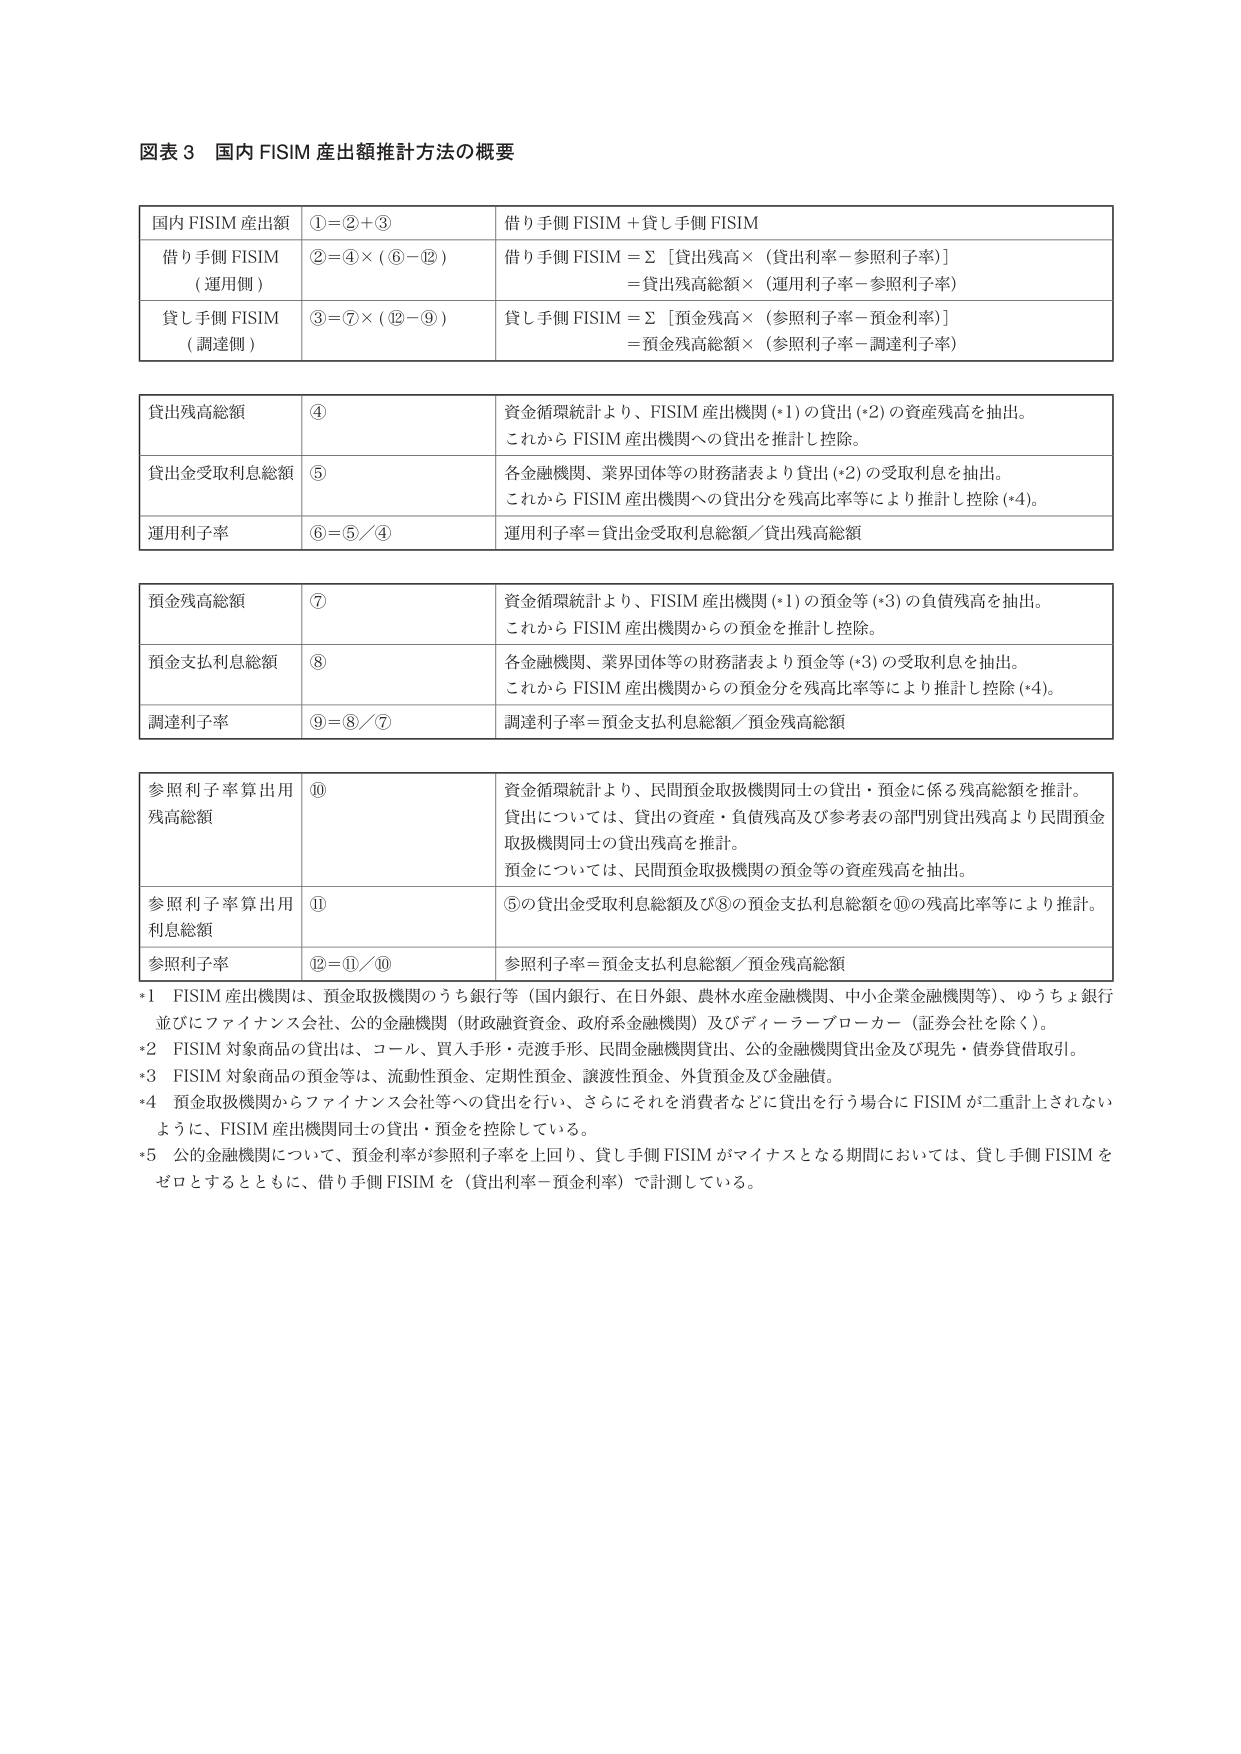
図表３ 国内 FISIM 産出額推計方法の概要

国内 FISIM 産出額 ①＝②＋③ 借り手側 FISIM＋貸し手側 FISIM

借り手側 FISIM （運用側） ②＝④×（⑥－⑫） 借り手側 FISIM＝Σ［貸出残高×（貸出利率－参照利子率）］ ＝貸出残高総額×（運用利子率－参照利子率）

貸し手側 FISIM （調達側） ③＝⑦×（⑫－⑨） 貸し手側 FISIM＝Σ［預金残高×（参照利子率－預金利率）］ ＝預金残高総額×（参照利子率－調達利子率）

貸出残高総額 ④ 資金循環統計より、FISIM 産出機関 (*1) の貸出 (*2) の資産残高を抽出。 これから FISIM 産出機関への貸出を推計し控除。

貸出金受取利息総額 ⑤ 各金融機関、業界団体等の財務諸表より貸出 (*2) の受取利息を抽出。 これから FISIM 産出機関への貸出分を残高比率等により推計し控除 (*4)。

運用利子率 ⑥＝⑤／④ 運用利子率＝貸出金受取利息総額／貸出残高総額

預金残高総額 ⑦ 資金循環統計より、FISIM 産出機関 (*1) の預金等 (*3) の負債残高を抽出。 これから FISIM 産出機関からの預金を推計し控除。

預金支払利息総額 ⑧ 各金融機関、業界団体等の財務諸表より預金等 (*3) の受取利息を抽出。 これから FISIM 産出機関からの預金分を残高比率等により推計し控除 (*4)。

調達利子率 ⑨＝⑧／⑦ 調達利子率＝預金支払利息総額／預金残高総額

参照利子率算出用 残高総額 ⑩ 資金循環統計より、民間預金取扱機関同士の貸出・預金に係る残高総額を推計。 貸出については、貸出の資産・負債残高及び参考表の部門別貸出残高より民間預金取扱機関同士の貸出残高を推計。 預金については、民間預金取扱機関の預金等の資産残高を抽出。

参照利子率算出用 利息総額 ⑪ ⑤の貸出金受取利息総額及び⑧の預金支払利息総額を⑩の残高比率等により推計。

参照利子率 ⑫＝⑪／⑩ 参照利子率＝預金支払利息総額／預金残高総額

*1 FISIM 産出機関は、預金取扱機関のうち銀行等（国内銀行、在日外銀、農林水産金融機関、中小企業金融機関等）、ゆうちょ銀行 並びにファイナンス会社、公的金融機関（財政融資資金、政府系金融機関）及びディーラープローカー（証券会社を除く）。

*2 FISIM 対象商品の貸出は、コール、買入手形・売渡手形、民間金融機関貸出、公的金融機関貸出金及び現先・債券貸借取引。

*3 FISIM 対象商品の預金等は、流動性預金、定期性預金、譲渡性預金、外貨預金及び金融債。

*4 預金取扱機関からファイナンス会社等への貸出を行い、さらにそれを消費者などに貸出を行う場合に FISIM が二重計上されない ように、FISIM 産出機関同士の貸出・預金を控除している。

*5 公的金融機関について、預金利率が参照利子率を上回り、貸し手側 FISIM がマイナスとなる期間においては、貸し手側 FISIM を ゼロとするとともに、借り手側 FISIM を（貸出利率－預金利率）で計測している。